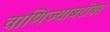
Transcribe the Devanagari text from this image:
वाणिज्याबरोबर